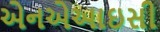
એનએઆઇસી